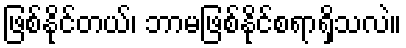
ဖြစ်နိုင်တယ်၊ ဘာမဖြစ်နိုင်စရာရှိသလဲ။